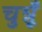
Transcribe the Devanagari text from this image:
चुन्नूँ